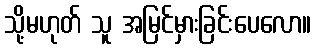
သို့မဟုတ် သူ အမြင်မှားခြင်းပေလော။